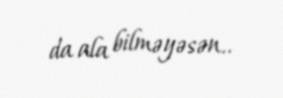
da ala bilməyəsən..